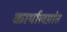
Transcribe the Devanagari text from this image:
कार्यालय़ांत